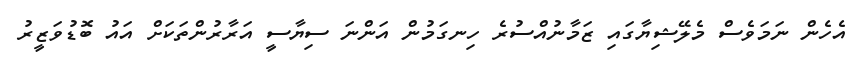
އެހެން ނަމަވެސް މެލޭޝިޔާގައި ޒަމާނުއްސުރެ ހިނގަމުން އަންނަ ސިޔާސީ އަރާރުންތަކަށް އައު ބޮޑުވަޒީރު